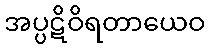
အပ္ပဋိဝိရတာယေဝ